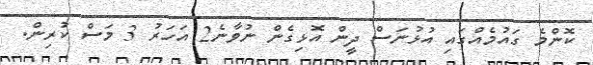
ކޮންމެ ގައުމެއްގައި އުޅުނަސް ދީން އޮޅިގެން ނުވާނެ2 އަހަރު 3 މަސް ކުރިން.